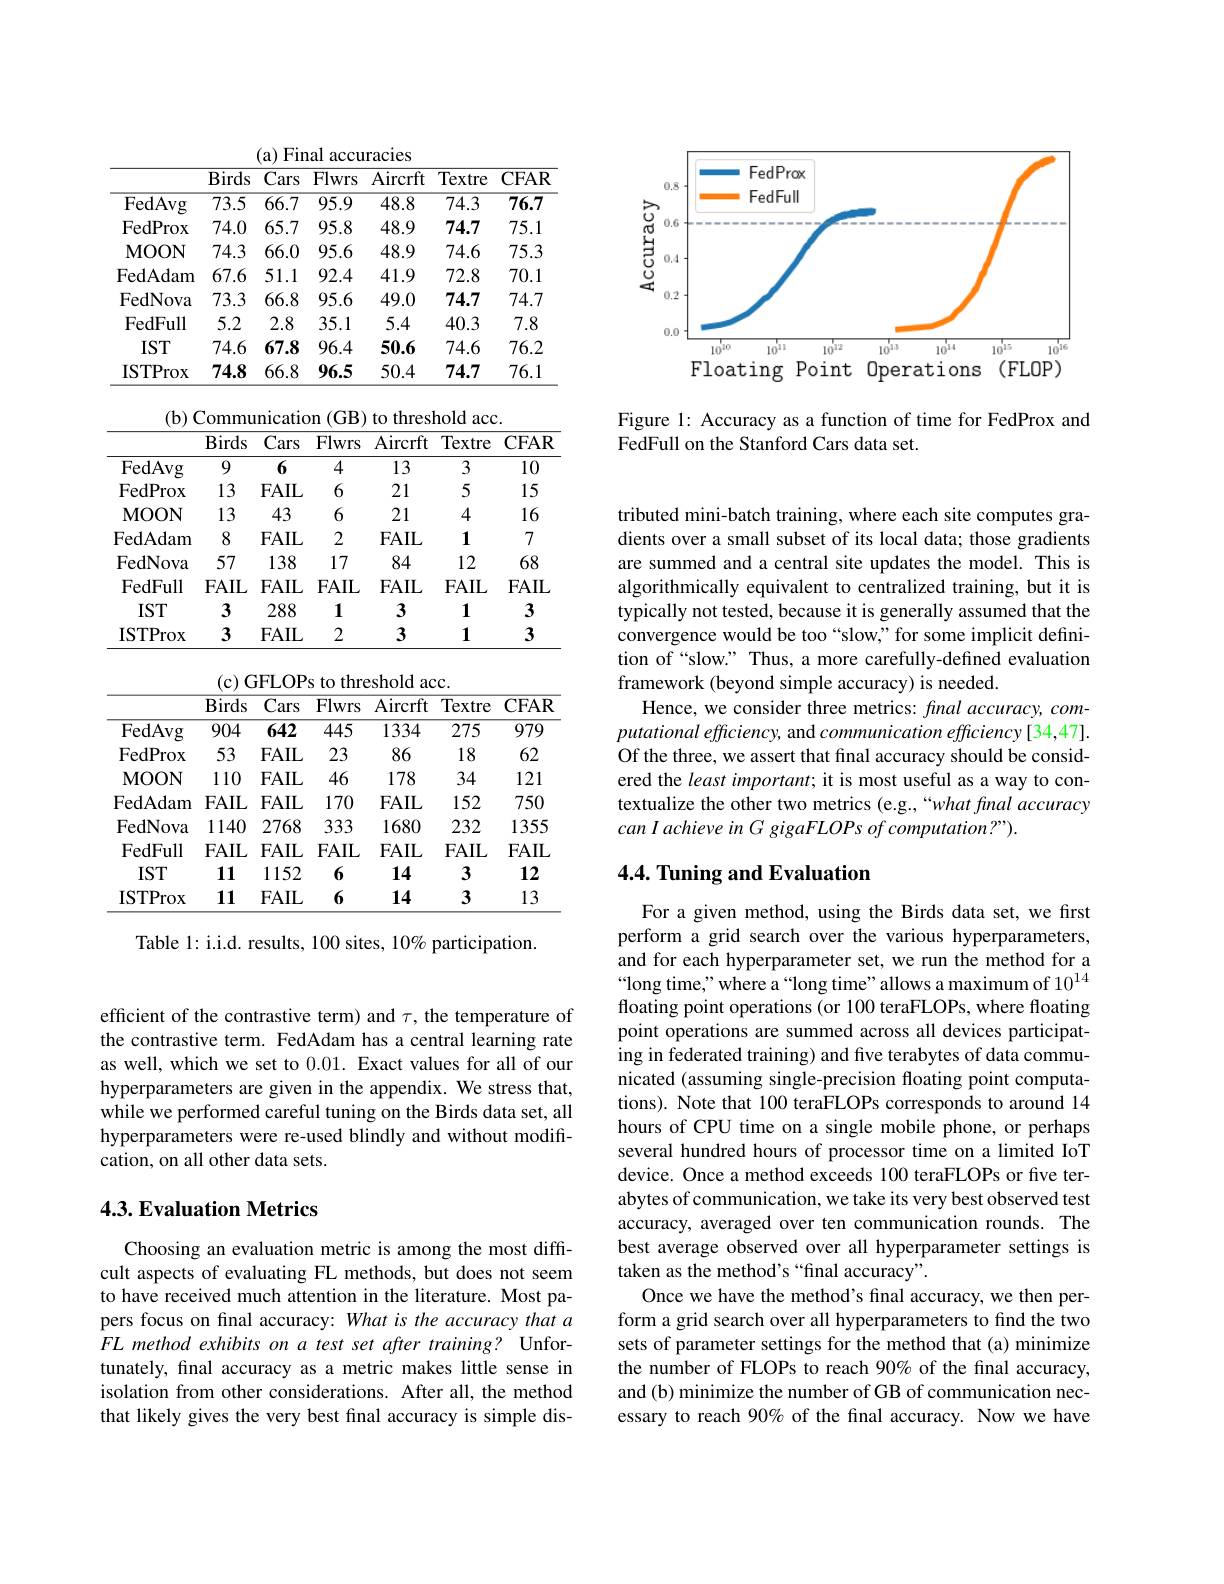
<FigureHere>

Figure 1: Accuracy as a function of time for FedProx and
FedFull on the Stanford Cars data set.

(a) Final accuracies
<table>
	<tbody>
		<tr>
			<th> </th>
			<th>Birds</th>
			<th>$\overline{\mathrm{Cars}}$</th>
			<th>Flwrs</th>
			<th>Aircrft</th>
			<th>Textre</th>
			<th>$CFAR$</th>
		</tr>
		<tr>
			<td>$\overline{{\mathrm{FedAvg}}}$</td>
			<td>$\overline{73.5}$</td>
			<td>$\overline{66.7}$</td>
			<td>$\overline{95.9}$</td>
			<td>48.8</td>
			<td>74.3</td>
			<td>76.7</td>
		</tr>
		<tr>
			<td>FedProx</td>
			<td>74.0</td>
			<td>65.7</td>
			<td>95.8</td>
			<td>48.9</td>
			<td>74.7</td>
			<td>75.1</td>
		</tr>
		<tr>
			<td>MOON</td>
			<td>74.3</td>
			<td>66.0</td>
			<td>95.6</td>
			<td>48.9</td>
			<td>74.6</td>
			<td>75.3</td>
		</tr>
		<tr>
			<td>FedAdam</td>
			<td>67.6</td>
			<td>51.1</td>
			<td>92.4</td>
			<td>41.9</td>
			<td>72.8</td>
			<td>70.1</td>
		</tr>
		<tr>
			<td>FedNova</td>
			<td>73.3</td>
			<td>66.8</td>
			<td>95.6</td>
			<td>49.0</td>
			<td>74.7</td>
			<td>74.7</td>
		</tr>
		<tr>
			<td>FedFull</td>
			<td>5.2</td>
			<td>2.8</td>
			<td>35.1</td>
			<td>5.4</td>
			<td>40.3</td>
			<td>7.8</td>
		</tr>
		<tr>
			<td>$IST$</td>
			<td>74.6</td>
			<td>67.8</td>
			<td>96.4</td>
			<td>50.6</td>
			<td>74.6</td>
			<td>76.2</td>
		</tr>
		<tr>
			<td>ISTProx</td>
			<td>74.8</td>
			<td>66.8</td>
			<td>96.5</td>
			<td>50.4</td>
			<td>74.7</td>
			<td>76.1</td>
		</tr>
	</tbody>
</table>

<table>
	<tbody>
		<tr>
			<th> </th>
			<th>Birds</th>
			<th>$\overline{\mathrm{Cars}}$</th>
			<th>Flwrs</th>
			<th>Aircrft</th>
			<th>Textre</th>
			<th>$CFAR$</th>
		</tr>
		<tr>
			<td>FedAvg</td>
			<td>9</td>
			<td>6</td>
			<td>4</td>
			<td>13</td>
			<td>3</td>
			<td>10</td>
		</tr>
		<tr>
			<td>FedProx</td>
			<td>13</td>
			<td>FAIL</td>
			<td>6</td>
			<td>21</td>
			<td>5</td>
			<td>15</td>
		</tr>
		<tr>
			<td>MOON</td>
			<td>13</td>
			<td>43</td>
			<td>6</td>
			<td>21</td>
			<td>4</td>
			<td>16</td>
		</tr>
		<tr>
			<td>FedAdam</td>
			<td>8</td>
			<td>FAIL</td>
			<td>2</td>
			<td>FAIL</td>
			<td>1</td>
			<td>7</td>
		</tr>
		<tr>
			<td>FedNova</td>
			<td>57</td>
			<td>138</td>
			<td>17</td>
			<td>84</td>
			<td>12</td>
			<td>68</td>
		</tr>
		<tr>
			<td>FedFull</td>
			<td>FAIL</td>
			<td>FAIL</td>
			<td>FAIL</td>
			<td>$FAIL$</td>
			<td>$FAIL$</td>
			<td>$FAIL$</td>
		</tr>
		<tr>
			<td>$IST$</td>
			<td>3</td>
			<td>288</td>
			<td>1</td>
			<td>3</td>
			<td>1</td>
			<td>3</td>
		</tr>
		<tr>
			<td>ISTProx</td>
			<td>3</td>
			<td>FAIL</td>
			<td>2</td>
			<td>3</td>
			<td>1</td>
			<td>3</td>
		</tr>
	</tbody>
</table>

(c) GFLOPs to threshold acc.
<table>
	<tbody>
		<tr>
			<th> </th>
			<th>Birds</th>
			<th>$\overline{\mathrm{Cars}}$</th>
			<th>Flwrs</th>
			<th>Aircrft</th>
			<th>Textre</th>
			<th>$CFAR$</th>
		</tr>
		<tr>
			<td>FedAvg</td>
			<td>904</td>
			<td>642</td>
			<td>445</td>
			<td>1334</td>
			<td>275</td>
			<td>979</td>
		</tr>
		<tr>
			<td>FedProx</td>
			<td>53</td>
			<td>FAIL</td>
			<td>23</td>
			<td>86</td>
			<td>18</td>
			<td>62</td>
		</tr>
		<tr>
			<td>MOON</td>
			<td>110</td>
			<td>FAIL</td>
			<td>46</td>
			<td>178</td>
			<td>34</td>
			<td>121</td>
		</tr>
		<tr>
			<td>FedAdam</td>
			<td>FAIL</td>
			<td>FAIL</td>
			<td>170</td>
			<td>$FAIL$</td>
			<td>152</td>
			<td>750</td>
		</tr>
		<tr>
			<td>FedNova</td>
			<td>1140</td>
			<td>2768</td>
			<td>333</td>
			<td>1680</td>
			<td>232</td>
			<td>1355</td>
		</tr>
		<tr>
			<td>FedFull</td>
			<td>FAIL</td>
			<td>FAIL</td>
			<td>FAIL</td>
			<td>$FAIL$</td>
			<td>$FAIL$</td>
			<td>$FAIL$</td>
		</tr>
		<tr>
			<td>$IST$</td>
			<td>111</td>
			<td>1152</td>
			<td>6</td>
			<td>14</td>
			<td>3</td>
			<td>12</td>
		</tr>
		<tr>
			<td>ISTProx</td>
			<td>111</td>
			<td>FAIL</td>
			<td>6</td>
			<td>14</td>
			<td>3</td>
			<td>13</td>
		</tr>
	</tbody>
</table>

Table 1: i.i.d. results, 100 sites, 10% participation.

efficient of the contrastive term) and $\tau$, the temperature of the contrastive term. FedAdam has a central learning rate as well, which we set to 0.01. Exact values for all of our hyperparameters are given in the appendix. We stress that, while we performed careful tuning on the Birds data set, all hyperparameters were re-used blindly and without modification, on all other data sets.

## $4. 3. \textbf{Evaluation Metrics}$

Choosing an evaluation metric is among the most difficult aspects of evaluating FL methods, but does not seem to have received much attention in the literature. Most papers focus on final accuracy: What is the accuracy that a FL method exhibits on a test set after training? Unfortunately, final accuracy as a metric makes little sense in isolation from other considerations. After all, the method that likely gives the very best final accuracy is simple dis-

tributed mini-batch training, where each site computes gradients over a small subset of its local data; those gradients are summed and a central site updates the model. This is algorithmically equivalent to centralized training, but it is typically not tested, because it is generally assumed that the convergence would be too “slow" for some implicit definition of “slow.” Thus, a more carefully-defined evaluation framework (beyond simple accuracy) is needed.
Hence, we consider three metrics: final accuracy, computational efficiency, and communication efficiency[34,47]. Of the three, we assert that final accuracy should be considered the least important; it is most useful as a way to contextualize the other two metrics (e.g.,“what final accuracy $can\textit{I achieve in G gigaFLOPs of computation? " }) .$

## $4. 4. \textbf{Tuning and Evaluation}$

For a given method, using the Birds data set, we first perform a grid search over the various hyperparameters, and for each hyperparameter set, we run the method for a “long time,” where a“long time” allows a maximum of $10^{14}$ floating point operations (or 100 teraFLOPs, where floating point operations are summed across all devices participating in federated training) and five terabytes of data communicated (assuming single-precision floating point computations). Note that 100 teraFLOPs corresponds to around 14 hours of CPU time on a single mobile phone, or perhaps several hundred hours of processor time on a limited IoT device. Once a method exceeds 100 teraFLOPs or five terabytes of communication, we take its very best observed test accuracy, averaged over ten communication rounds. The best average observed over all hyperparameter settings is taken as the method's “final accuracy”.
Once we have the method's final accuracy, we then perform a grid search over all hyperparameters to find the two sets of parameter settings for the method that (a) minimize the number of FLOPs to reach 90% of the final accuracy, and (b) minimize the number of GB of communication necessary to reach 90% of the final accuracy. Now we have